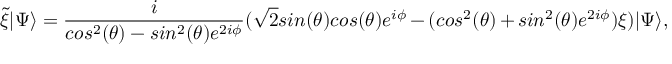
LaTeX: { \widetilde \xi } | \Psi \rangle = \frac { i } { c o s ^ { 2 } ( \theta ) - s i n ^ { 2 } ( \theta ) e ^ { 2 i \phi } } ( \sqrt { 2 } s i n ( \theta ) c o s ( \theta ) e ^ { i \phi } - ( c o s ^ { 2 } ( \theta ) + s i n ^ { 2 } ( \theta ) e ^ { 2 i \phi } ) \xi ) | \Psi \rangle ,